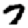
Digit: 7